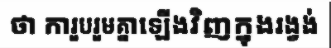
ថា ការួបរួមគ្នាឡើងវិញក្នុងរង្វង់